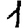
Digit: 1